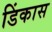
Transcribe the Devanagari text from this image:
डिंकास